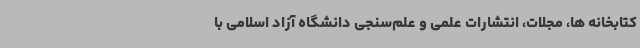
کتابخانه ها، مجلات، انتشارات علمی و علم‌سنجی دانشگاه آزاد اسلامی با